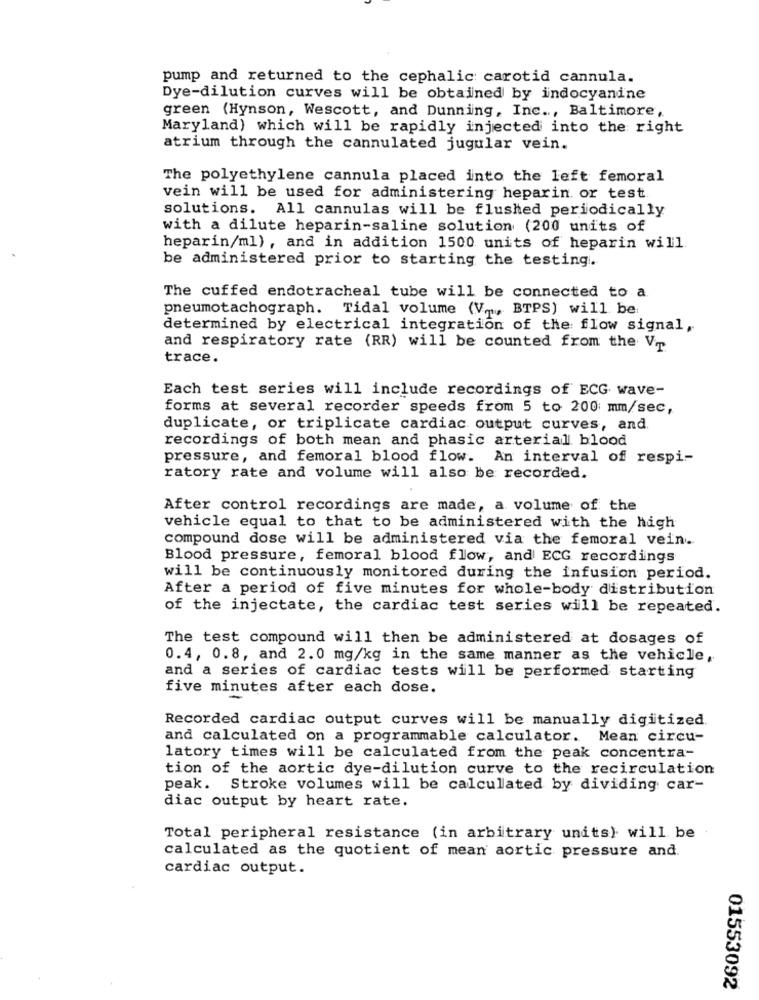
pump and returned to the cephalic carotid cannula.
Dye-dilution curves will be obtained by indocyanine
green (Hynson, Wescott, and Dunning, Inc ., Baltimore,
Maryland) which will be rapidly injected into the right
atrium through the cannulated jugular vein.
The polyethylene cannula placed into the left femoral
vein will be used for administering heparin or test
solutions. All cannulas will be flushed periodically
with a dilute heparin-saline solution (200 units of
heparin/ml), and in addition 1500 units of heparin will
be administered prior to starting the testing.
The cuffed endotracheal tube will be connected to a
pneumotachograph. Tidal volume (V.p ., BTPS) will be:
determined by electrical integration of the flow signal,
and respiratory rate (RR) will be counted from the V
trace.
Each test series will include recordings of ECG wave-
forms at several recorder speeds from 5 to 200 mm/sec,
duplicate, or triplicate cardiac output curves, and.
recordings of both mean and phasic arterial blood
pressure, and femoral blood flow. An interval of respi-
ratory rate and volume will also be recorded.
After control recordings are made, a volume of the
vehicle equal to that to be administered with the high
compound dose will be administered via the femoral vein.
Blood pressure, femoral blood flow, and ECG recordings
will be continuously monitored during the infusion period.
After a period of five minutes for whole-body distribution
of the injectate, the cardiac test series will be repeated.
The test compound will then be administered at dosages of
0.4, 0.8, and 2.0 mg/kg in the same manner as the vehicle,
and a series of cardiac tests will be performed starting
five minutes after each dose.
Recorded cardiac output curves will be manually digitized.
and calculated on a programmable calculator. Mean circu-
latory times will be calculated from the peak concentra-
tion of the aortic dye-dilution curve to the recirculation
peak.
Stroke volumes will be calculated by dividing car-
diac output by heart rate.
Total peripheral resistance (in arbitrary units) will be
calculated as the quotient of mean aortic pressure and.
cardiac output.
01553092